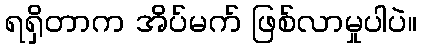
ရရှိတာက အိပ်မက် ဖြစ်လာမှုပါပဲ။